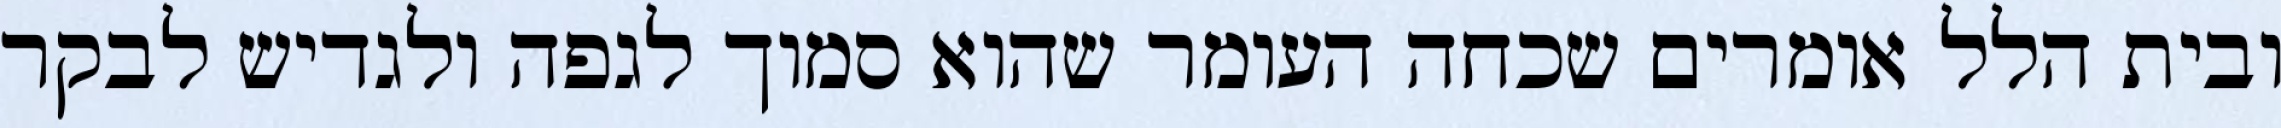
ובית הלל אומרים שכחה העומר שהוא סמוך לגפה ולגדיש לבקר